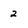
Character: 2